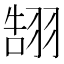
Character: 䎋